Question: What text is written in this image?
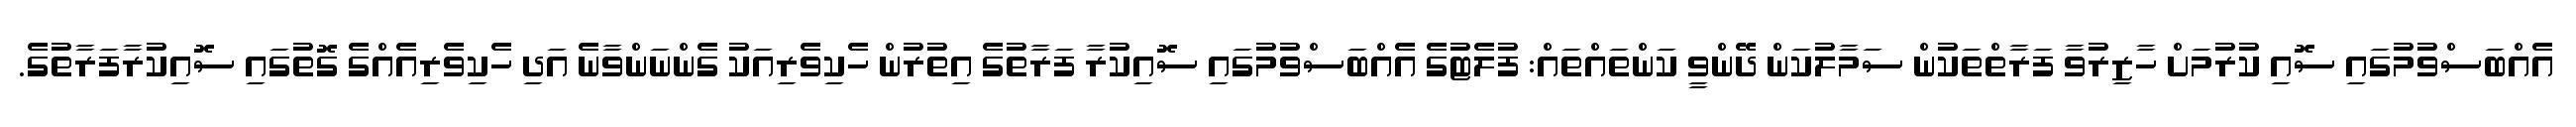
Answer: އެއްބަސްވުމުގައި ސޮއި ކުރުމަށް ހާޒިރުވާ ފަރާތްތަކުން ސަމާލުކަން ދޭންވީ ކަންތައްތައް: ފުލެޓުގެ އެއްބަސްވުމުގައި ސޮއިކުރާ ފަރާތުގެ އިތުރުން ހެކިވެރިއަކު ގެންނަންވާނެ އަދި ހެކިވެރިއެއްގެ ގޮތުގައި ސޮއިކުރާފަރާތުގެ.